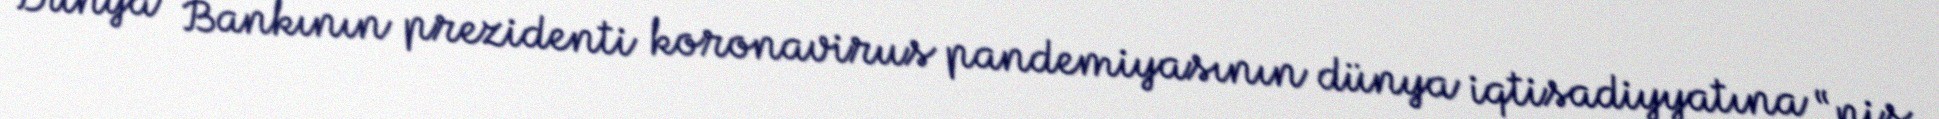
Dünya Bankının prezidenti koronavirus pandemiyasının dünya iqtisadiyyatına “pis